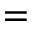
=